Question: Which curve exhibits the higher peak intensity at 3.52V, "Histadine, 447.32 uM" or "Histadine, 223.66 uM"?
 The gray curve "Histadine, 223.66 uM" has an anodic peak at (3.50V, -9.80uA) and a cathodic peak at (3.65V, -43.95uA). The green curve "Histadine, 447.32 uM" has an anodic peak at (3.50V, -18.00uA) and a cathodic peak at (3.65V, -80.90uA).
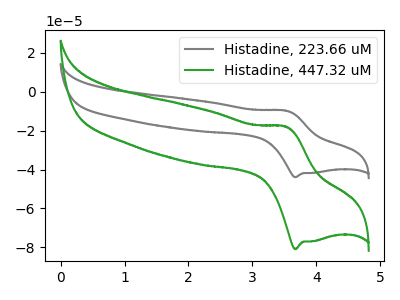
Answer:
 <answer>The peak at 3.52V is lower in "Histadine, 447.32 uM" than in "Histadine, 223.66 uM".</answer>
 <eval>lower</eval>